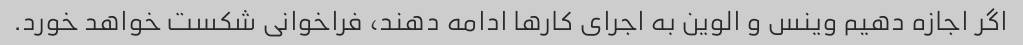
اگر اجازه دهیم وینس و الوین به اجرای کارها ادامه دهند، فراخوانی شکست خواهد خورد.